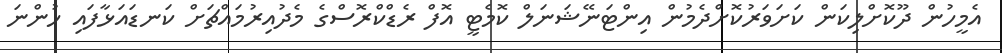
އެމީހުން ދޫކޮށްލިކަން ކަށަވަރުކޮށްދެމުން އިންޓަނޭޝަނަލް ކޮމެޓީ އޮފް ރެޑްކްރޮސްގެ މެދުއިރުމައްޗަށް ކަނޑައަޅާފައި ހުންނަ